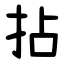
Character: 拈